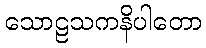
သောဠသကနိပါတော